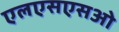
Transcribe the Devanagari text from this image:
एलएसएसओ